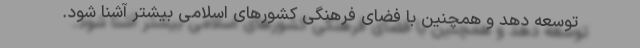
توسعه دهد و همچنین با فضای فرهنگی کشور‌های اسلامی بیشتر آشنا شود.